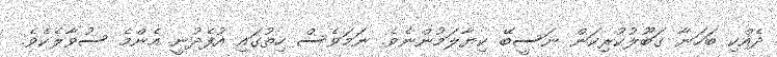
ދެއްކި ބަހަނާ ގަބޫލުކުރިކަން ނަސީބޭ ކިޔާލަމުންނެވެ. ނަމަވެސް ހިތުގައި އުފެދުނީ އެންމެ ސުވާލެކެވެ.